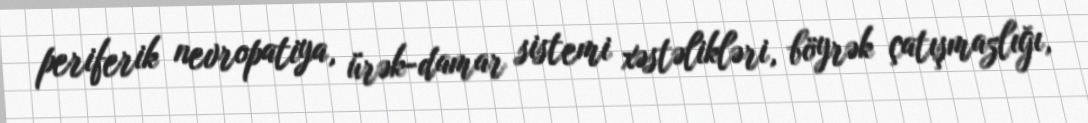
periferik nevropatiya, ürək-damar sistemi xəstəlikləri, böyrək çatışmazlığı,